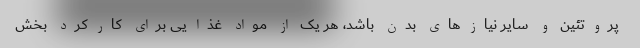
پروتئین و سایر نیازهای بدن باشد، هر یک از مواد غذایی برای کارکرد بخش